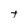
Character: t